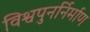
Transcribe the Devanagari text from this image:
विश्वपुनर्निर्माण